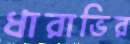
ধারাভির